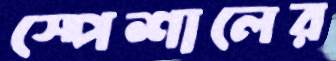
স্পেশালের